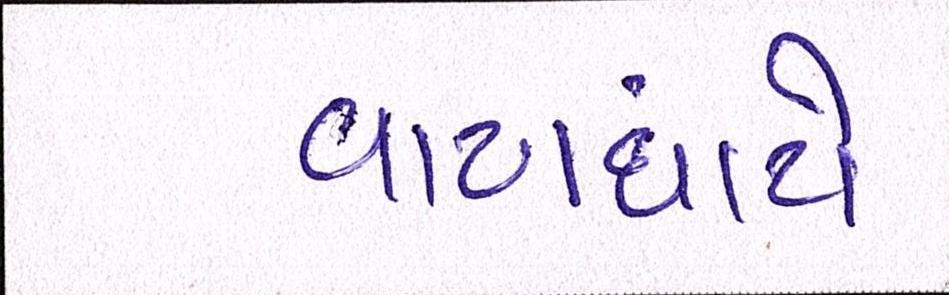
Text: વાટાઘાટો